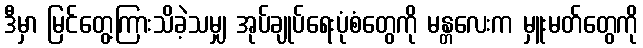
ဒီမှာ မြင်တွေ့ကြားသိခဲ့သမျှ အုပ်ချုပ်ရေးပုံစံတွေကို မန္တလေးက မှူးမတ်တွေကို